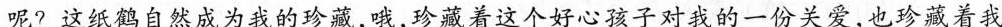
呢？这纸鹤自然成为我的珍藏，哦，珍藏着这个好心孩子对我的一份关爱，也珍藏着我